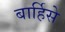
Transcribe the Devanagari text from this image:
बार्हिसे